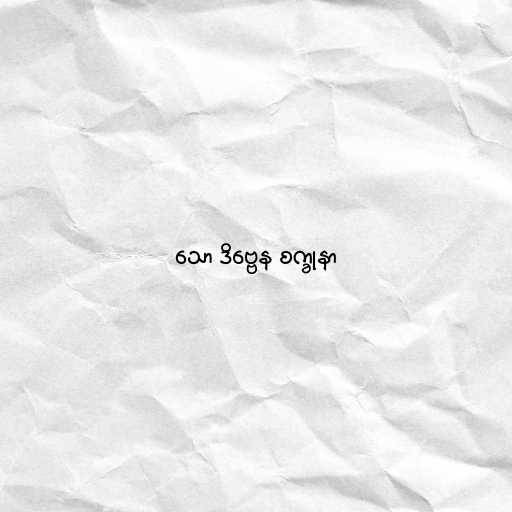
သော ဒိဗ္ဗေန စက္ခုနာ